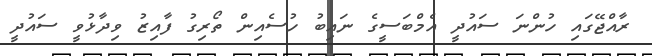
ރާއްޖޭގައި ހުންނަ ސައުދީ އެމްބަސީގެ ނައިބު ހުސެއިން ތޯރިގު ފާއިޒު ވިދާޅުވީ ސައުދީ